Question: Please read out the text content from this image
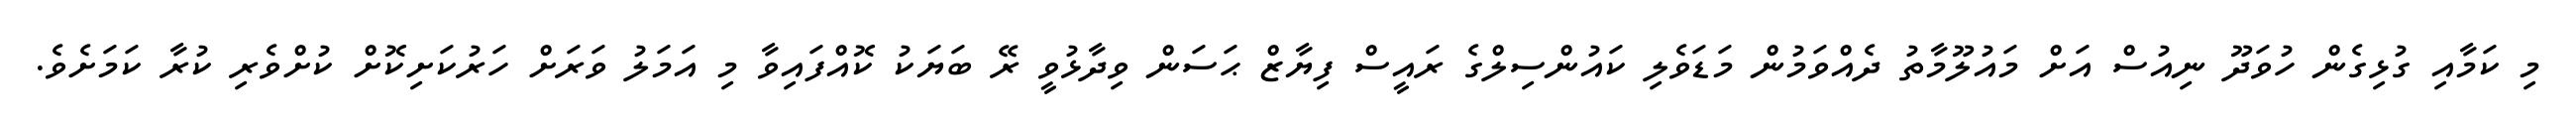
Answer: މި ކަމާއި ގުޅިގެން ހުވަދޫ ނިއުސް އަށް މައުލޫމާތު ދެއްވަމުން މަޑަވެލި ކައުންސިލްގެ ރައީސް ފިޔާޒް ޙަސަން ވިދާޅުވީ ރޭ ބަޔަކު ކޮއްފައިވާ މި އަމަލު ވަރަށް ހަރުކަށިކޮށް ކުށްވެރި ކުރާ ކަމަށެވެ.